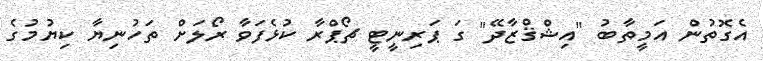
އެގޮތުން އަމީތާބު "އިޝްޤްޒާދޭ" ގަ ޕަރިނީޓީ ޗޯޕްރާ ކުޅެފަވާ ރޯލަށް ތަހުނިޔާ ކިޔުމުގެ